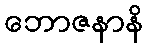
ဘောဇနာနိ